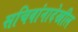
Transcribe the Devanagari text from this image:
सचिवांनादेखील